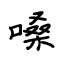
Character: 嗓